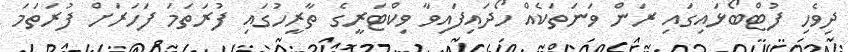
ދިވެހި ފުޓްބޯޅައިގައި ރަން ވަނަތަކެއް ހޯދައިފައިވާ ވިކްޓަރީގެ ތާރީހުގައި ފުރަތަމަ ފަހަރަށް ފުރަތަމަ